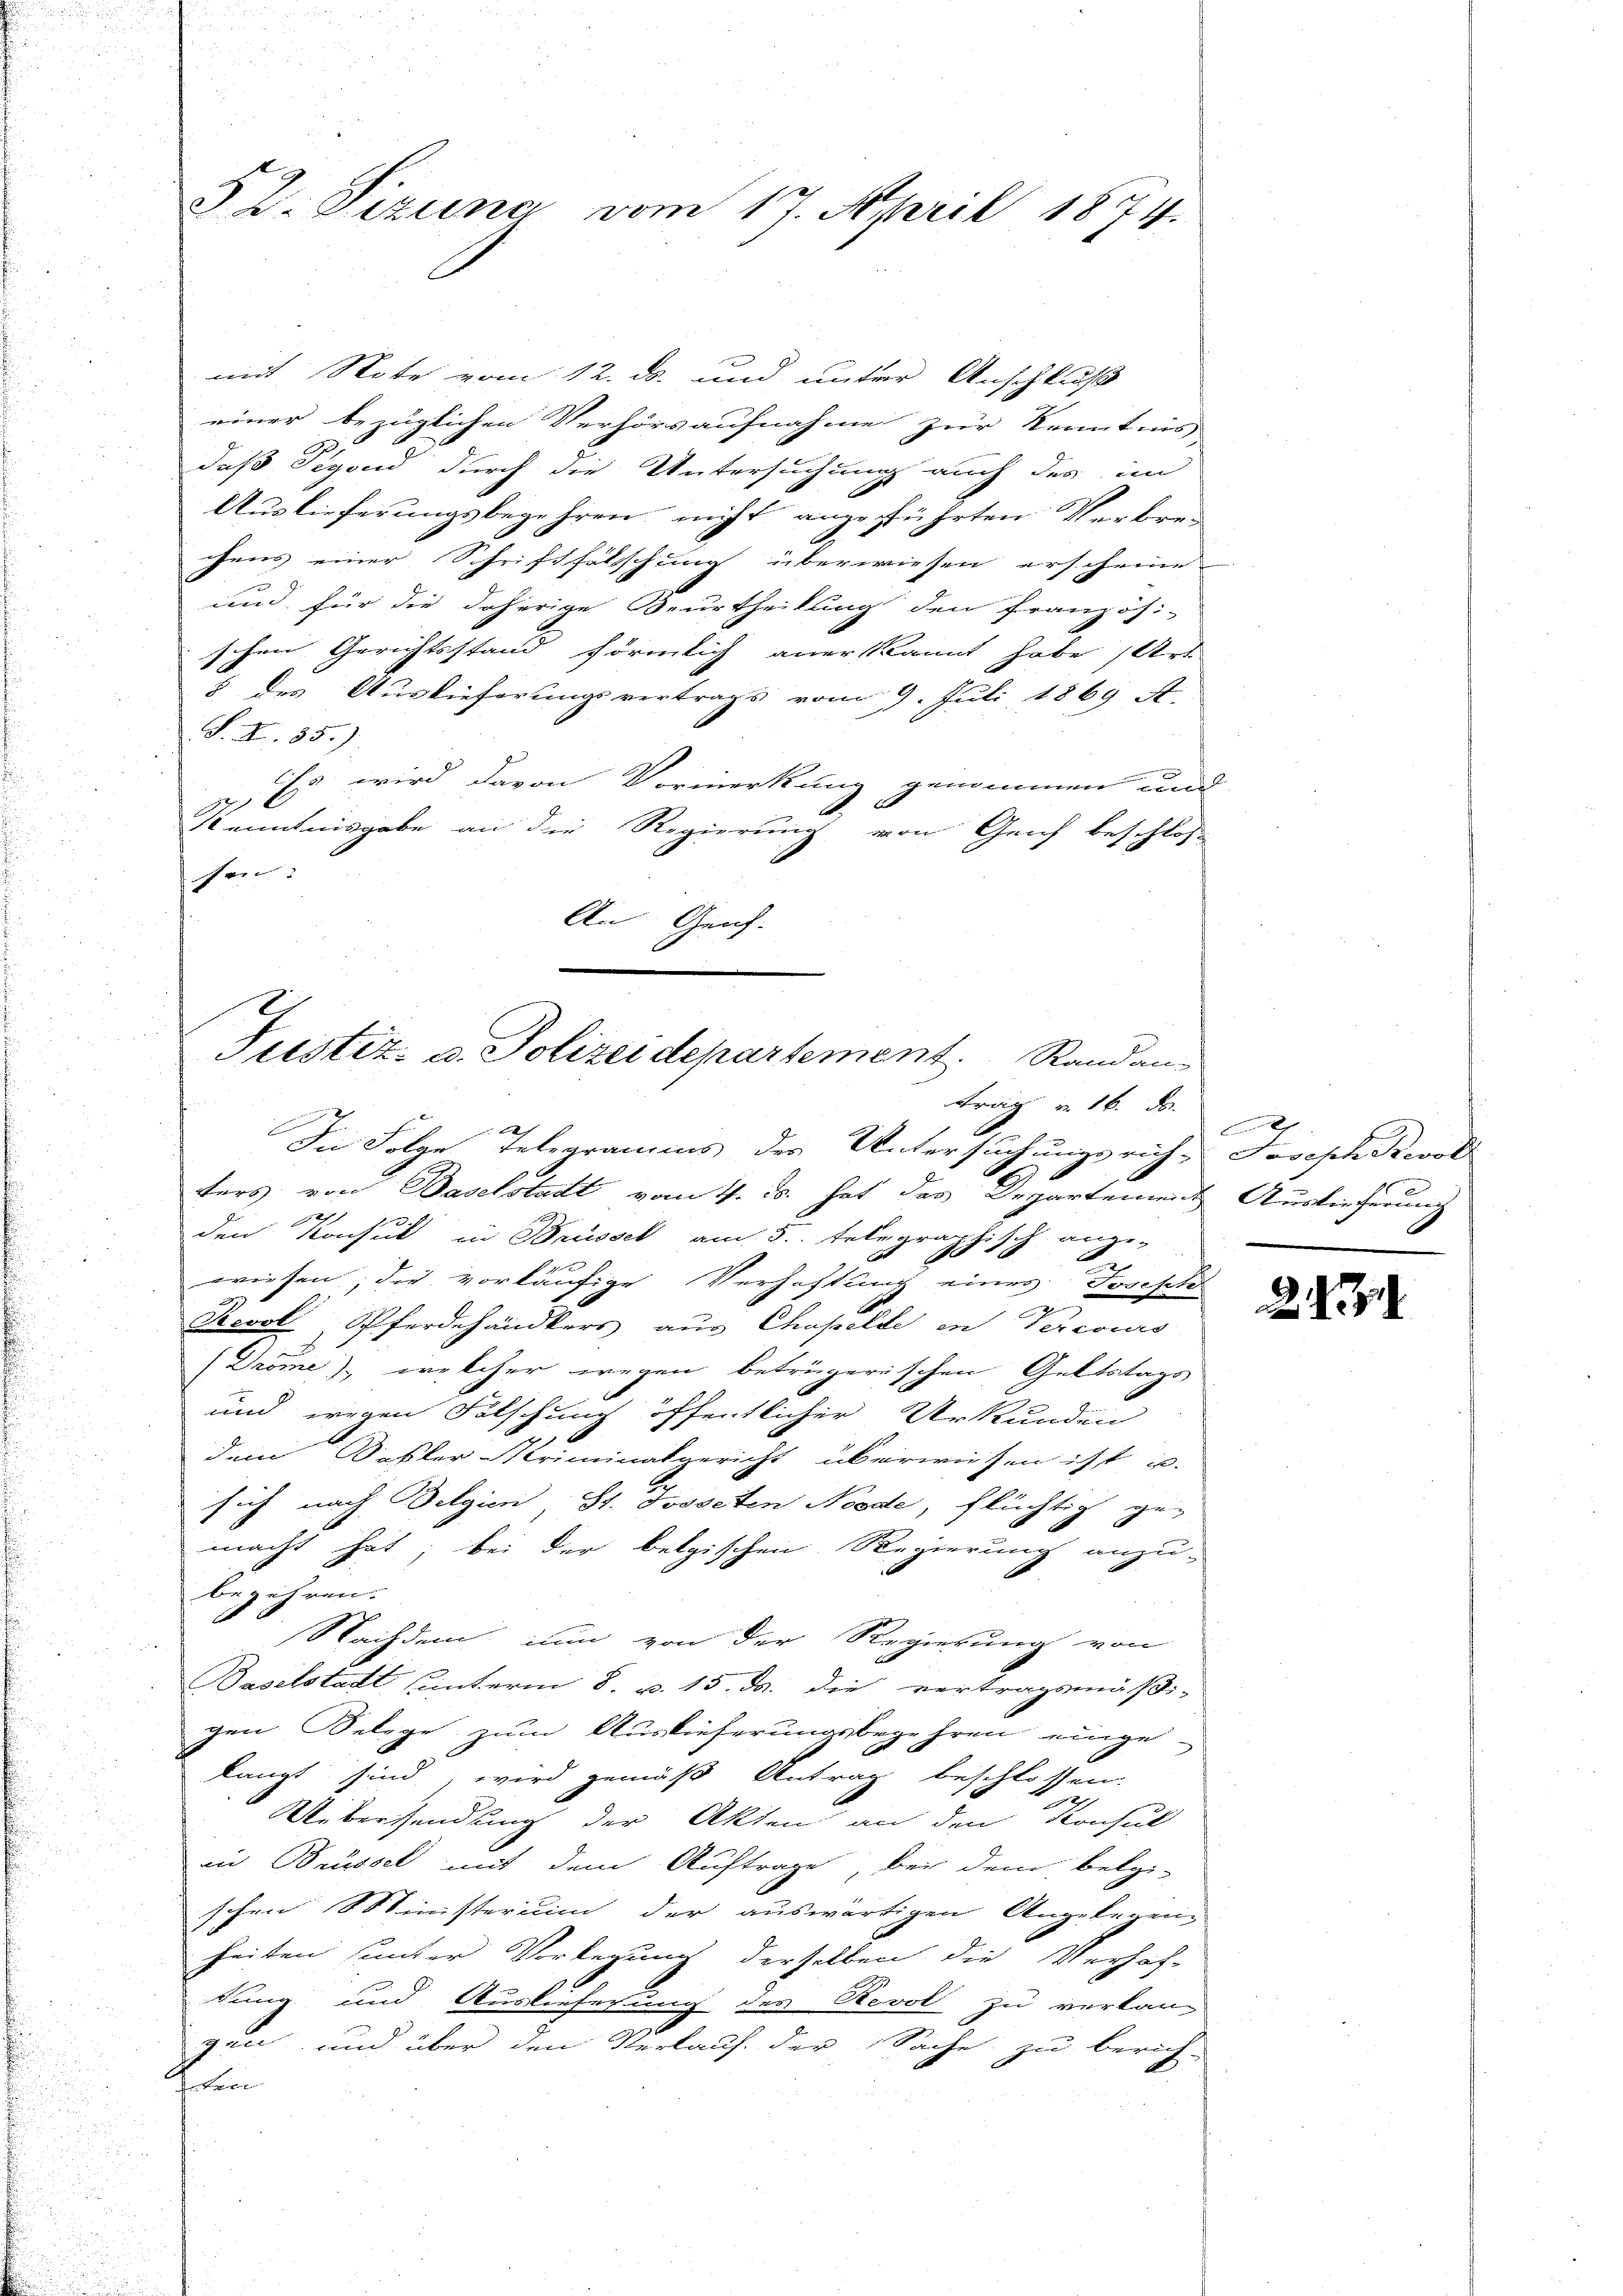
mit Note vom 12. ds. und unter Anschluß
einer bezüglichen Verhörsaufnahme zur Kenntnis
daß Sigond durch die Untersuchung auch der im
Auslieferungsbegehren nicht angeführten Verbrec
chens einer Schriftfölschung überwiesen erscheine
und für die daherige Beurtheilung den französi-
schen Gerichtsstand förmlich anerkannt habe, Art
§ des Auslieferungsvertrags vom 9. Juli 1869 A
S. K. 85.)
Es wird davon Vormerkung genommen und
x
A
Kenntnisgabe an die Regierung von Graf beschlos
son
An Geich-

§ 2. Sizung vom 17. April 1874.

Justiz- u. Polizeidepartement. Rand an
ttrag v. 16. ds.
e

In Folge Telegramms der Untersuchungsrich- Joseph Bevol
ters von Baselstadt vom 4. ds. hat des Departement Auslieferung
den Konsul in Brüssel am 5. telegraphisch ange-
wiesen, die vorläufige Verhaftung eines Josepte
Revol, Pferdehändlers aus Chapelle in Percours
g
Dröme), welcher wegen betrügerischen Geltstags
und wegen Fälschung öffentlicher Urkunden
dem Basler Kriminalgericht überwiesen ist u.
sich nach Belgien, St. Posseten Noode, flüchtig ge-
macht hat; bei der belgischen Regierung anzu-
begehren.
Nachdem nun von der Regierung von
Baselstadt unterm 8. u. 15. ds. die vertragsmäßi-
gen Belege zum Auslieferungsbegehren einge-
langt sind, wird gemäß Antrag beschlossen:
Ueberhandlung der Akten an den Konsul
in Brüssel mit dem Auftrage, bei dem belgi-
schen Ministerium der auswärtigen Angelegen-
heiten sinter Vorlegung derselben die Verhaf-
dung und Auslieferung des Nevol zu verlang
gen, und über den Verlauf der Sache zu berich-
e

x

2.7.